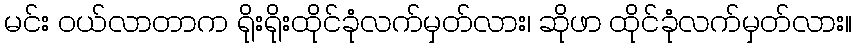
မင်း ဝယ်လာတာက ရိုးရိုးထိုင်ခုံလက်မှတ်လား၊ ဆိုဖာ ထိုင်ခုံလက်မှတ်လား။